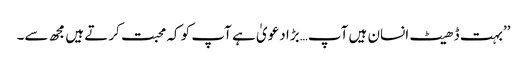
’’بہت ڈھیٹ انسان ہیں آپ…بڑا دعویٰ ہے آپ کو کہ محبت کرتے ہیں مجھ سے۔